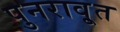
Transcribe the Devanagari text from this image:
पुनरावृ्त